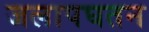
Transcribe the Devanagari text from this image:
जलापघतन